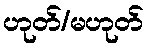
ဟုတ်/မဟုတ်